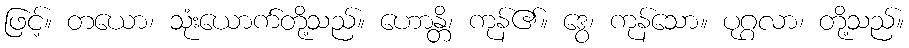
ဖြင့်။ တယော၊ သုံးယောက်တို့သည်။ ဟောန္တိ၊ ကုန်၏။ ဒွေ၊ ကုန်သော။ ပုဂ္ဂလာ၊ တို့သည်။